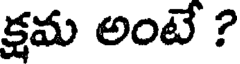
క్షమ అంటే ?